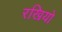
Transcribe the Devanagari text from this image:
रखियो